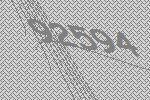
92594